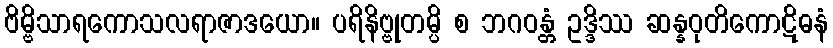
ဗိမ္ဗိသာရကောသလရာဇာဒယော။ ပရိနိဗ္ဗုတမ္ပိ စ ဘဂဝန္တံ ဥဒ္ဒိဿ ဆန္နဝုတိကောဋိဓနံ